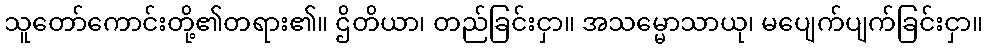
သူတော်ကောင်းတို့၏တရား၏။ ဌိတိယာ၊ တည်ခြင်းငှာ။ အသမ္မောသာယု၊ မပျေက်ပျက်ခြင်းငှာ။